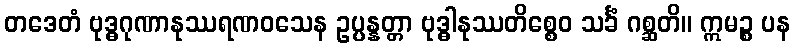
တဒေတံ ဗုဒ္ဓဂုဏာနုဿရဏဝသေန ဥပ္ပန္နတ္တာ ဗုဒ္ဓါနုဿတိစ္စေဝ သင်္ခံ ဂစ္ဆတိ။ ဣမဉ္စ ပန